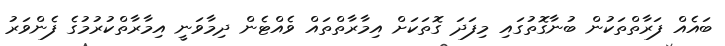
ބައެއް ފަރާތްތަކުން ބުނާގޮތުގައި މިފަދަ ގޮތަކަށް އިމާރާތްތައް ވެއްޓެން ދިމާވަނީ އިމާރާތްކުރުމުގެ ފެންވަރު